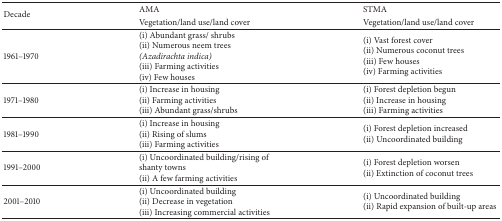
<table><thead><tr><td rowspan="2"><b>Decade</b></td><td><b>AMA</b></td><td><b>STMA</b></td></tr><tr><td><b>Vegetation/land use/land cover</b></td><td><b>Vegetation/land use/land cover</b></td></tr></thead><tbody><tr><td>1961–1970</td><td>(i) Abundant grass/ shrubs (ii) Numerous neem trees <i>(Azadirachta indica)</i> (iii) Farming activities (iv) Few houses</td><td>(i) Vast forest cover (ii) Numerous coconut trees (iii) Few houses (iv) Farming activities</td></tr><tr><td>1971–1980</td><td>(i) Increase in housing (ii) Farming activities (iii) Abundant grass/shrubs</td><td>(i) Forest depletion begun (ii) Increase in housing (iii) Farming activities</td></tr><tr><td>1981–1990</td><td>(i) Increase in housing (ii) Rising of slums (iii) Farming activities</td><td>(i) Forest depletion increased (ii) Uncoordinated building</td></tr><tr><td>1991–2000</td><td>(i) Uncoordinated building/rising of shanty towns (ii) A few farming activities</td><td>(i) Forest depletion worsen (ii) Extinction of coconut trees</td></tr><tr><td>2001–2010</td><td>(i) Uncoordinated building (ii) Decrease in vegetation (iii) Increasing commercial activities</td><td>(i) Uncoordinated building (ii) Rapid expansion of built-up areas</td></tr></tbody></table>